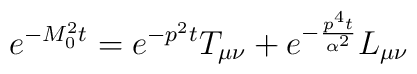
e^{-M_{0}^{2}t} = e^{-p^{2}t} T_{\mu\nu} +e^{-\frac{p^{4}t}{\alpha^2}}L_{\mu\nu}